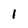
Character: i